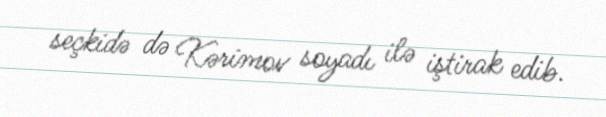
seçkidə də Kərimov soyadı ilə iştirak edib.